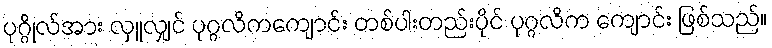
ပုဂ္ဂိုလ်အား လှူလျှင် ပုဂ္ဂလိကကျောင်း တစ်ပါးတည်းပိုင် ပုဂ္ဂလိက ကျောင်း ဖြစ်သည်။